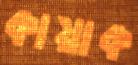
কায়াক